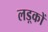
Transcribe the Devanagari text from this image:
लड़्कों